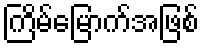
ကြိမ်မြောက်အဖြစ်